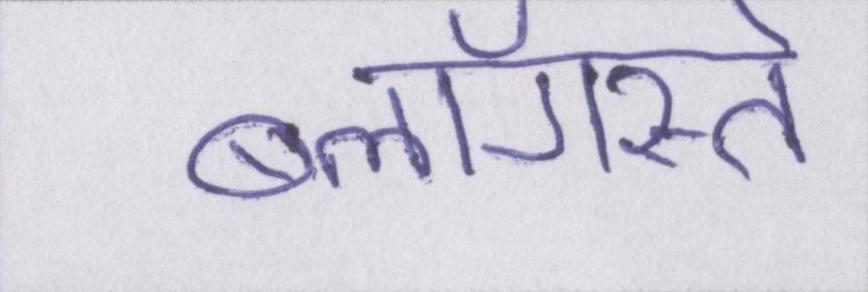
ब्लॉगस्ते